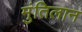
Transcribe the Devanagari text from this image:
मुंतिलान